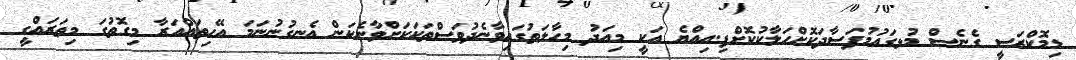
ޑިމޮކްރަސީ ގެނެސް މުޅގައުމުފަސާދަކޮށްހަލާކުކޮށްފި.އިއްޔެ އަކީ މިއަދު މިހާލަތުގައިވާނެދުވަސްތަކަކަށްވާނެކަން އެނގުނުނަމަ އޭހިތައްއަރާ މިގޮތުގަ މިތަރައްގީ